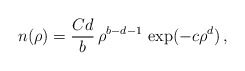
\begin{align*}n(\rho) = \frac{C d}{b} \, \rho^{b-d-1} \, \exp (- c \rho^{d}) \,,\end{align*}